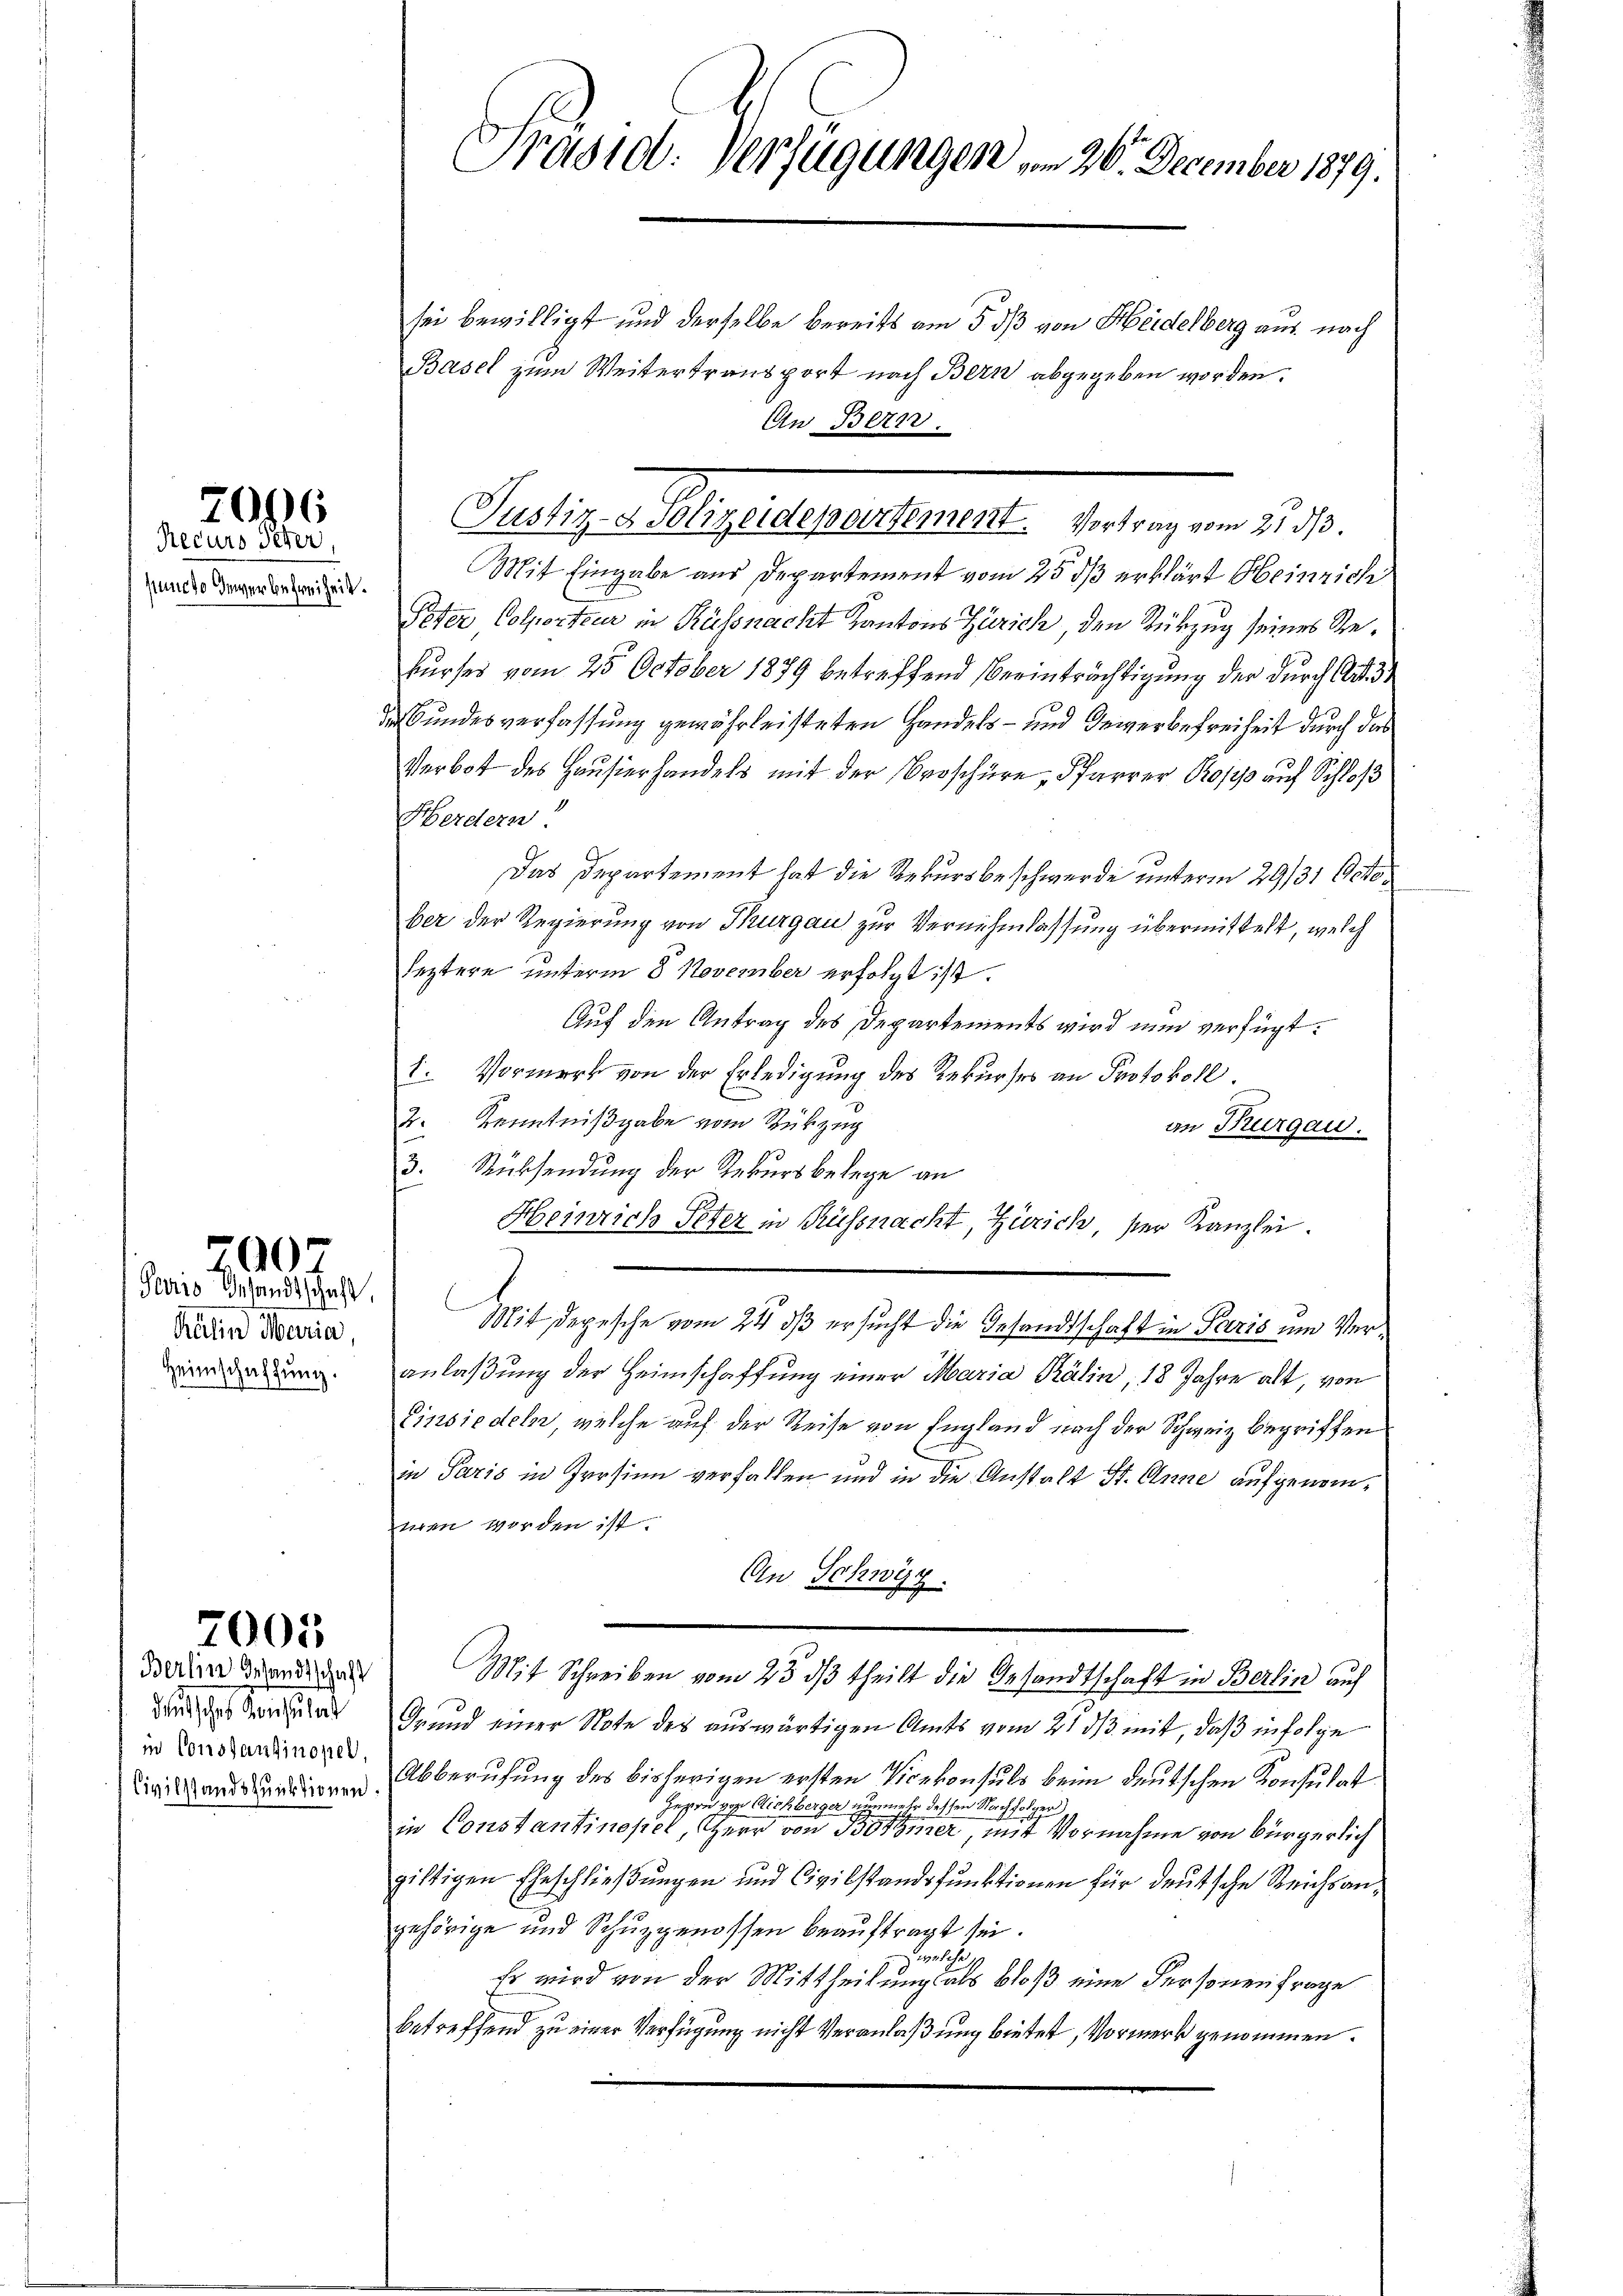
Recurs Peter
puncto Gewerbefreiheit.

2096

Gearro Inlandsschaft
kulin Maria,
Heimschaffung.

200

2005

Berlin Gesandtschaft
deutsches Konsulat
in Constantinopel,
Civilstandsfunktionen

Prasio: Verfügungen vom 26. December 1879.

sei bewilligt und derselbe bereits am 5. ds von Heidelberg aus nach
Basel zum Weitertransport nach Bern abgegeben worden.
Mit Eingabe aus Departement vom 25 dß erklärt Heinrich
Peter Colporteur in Küssnacht Kantons Zürich, den Rükzug seines Rekurses vom 25. October 1879 betreffend Beeinträchtigung der durch Art. 3
Ie Bundesverfassung gewährleisteten Handels- und Gewerbefreiheit durch das
Verbot des Hausierhandels mit der Broschüre, Pfarrer 120/10 auf Schloß
Herdern.
Das Departement hat die Rekursbeschwerde unterm 29/31 Octo
ber der Regierung von Thurgau zur Vernehmlassung übermittelt, welch
leztere unterm 8. November erfolgt ist.
Auf den Antrag des Departements wird nun verfügt:
1. Vormerk von der Erledigung des Rekurses an Protokoll.
2. Kenntnißgabe vom Rückzug
an Thurgau.
3. Rücksendung der Rekursbelege an
Heinrich Peter in Küssnacht, Zürich, ser Kanzlei.
Mit Depesche vom 24. ds ersucht die Gesandtschaft in Paris um Veranlaßung der Heimschaffung einer Maria Prälin, 18 Jahre alt, von
Einsiedeln, welche auf der Reise von England nach der Schweiz begriffen.
in Paris in Persinn verfallen und in die Anstalt St. Anne aufgenomnen werden ist.
An Schwyz.
Mit Schreiben vom 23. dβ theilt die Gesandtschaft in Berlin auf
Grund einer Note des auswärtigen Amts vom 21 ds mit, daß infolge
Abberufung des bisherigen ersten Vicekonsuls beim deutschen Konsulat
Herrn von Aichberger nimmer dessen Nachfolger
in Constantinopel, Herr von Botmer, mit Vornahme von bürgerlich
giftigen Eheschließungen und Civilstandsfunktionen für deutsche Reichsangehörige und Schuzgenossen beauftragt sei.
galse
Es wird von der Mittheilung als bloß eine Personen frage
betreffend zu einer Verfügung nicht Veranlaßung bietet, Vormerk genommen.

An Bern.

Justiz-Polizeidepartement. Vortrag vom 21. d.